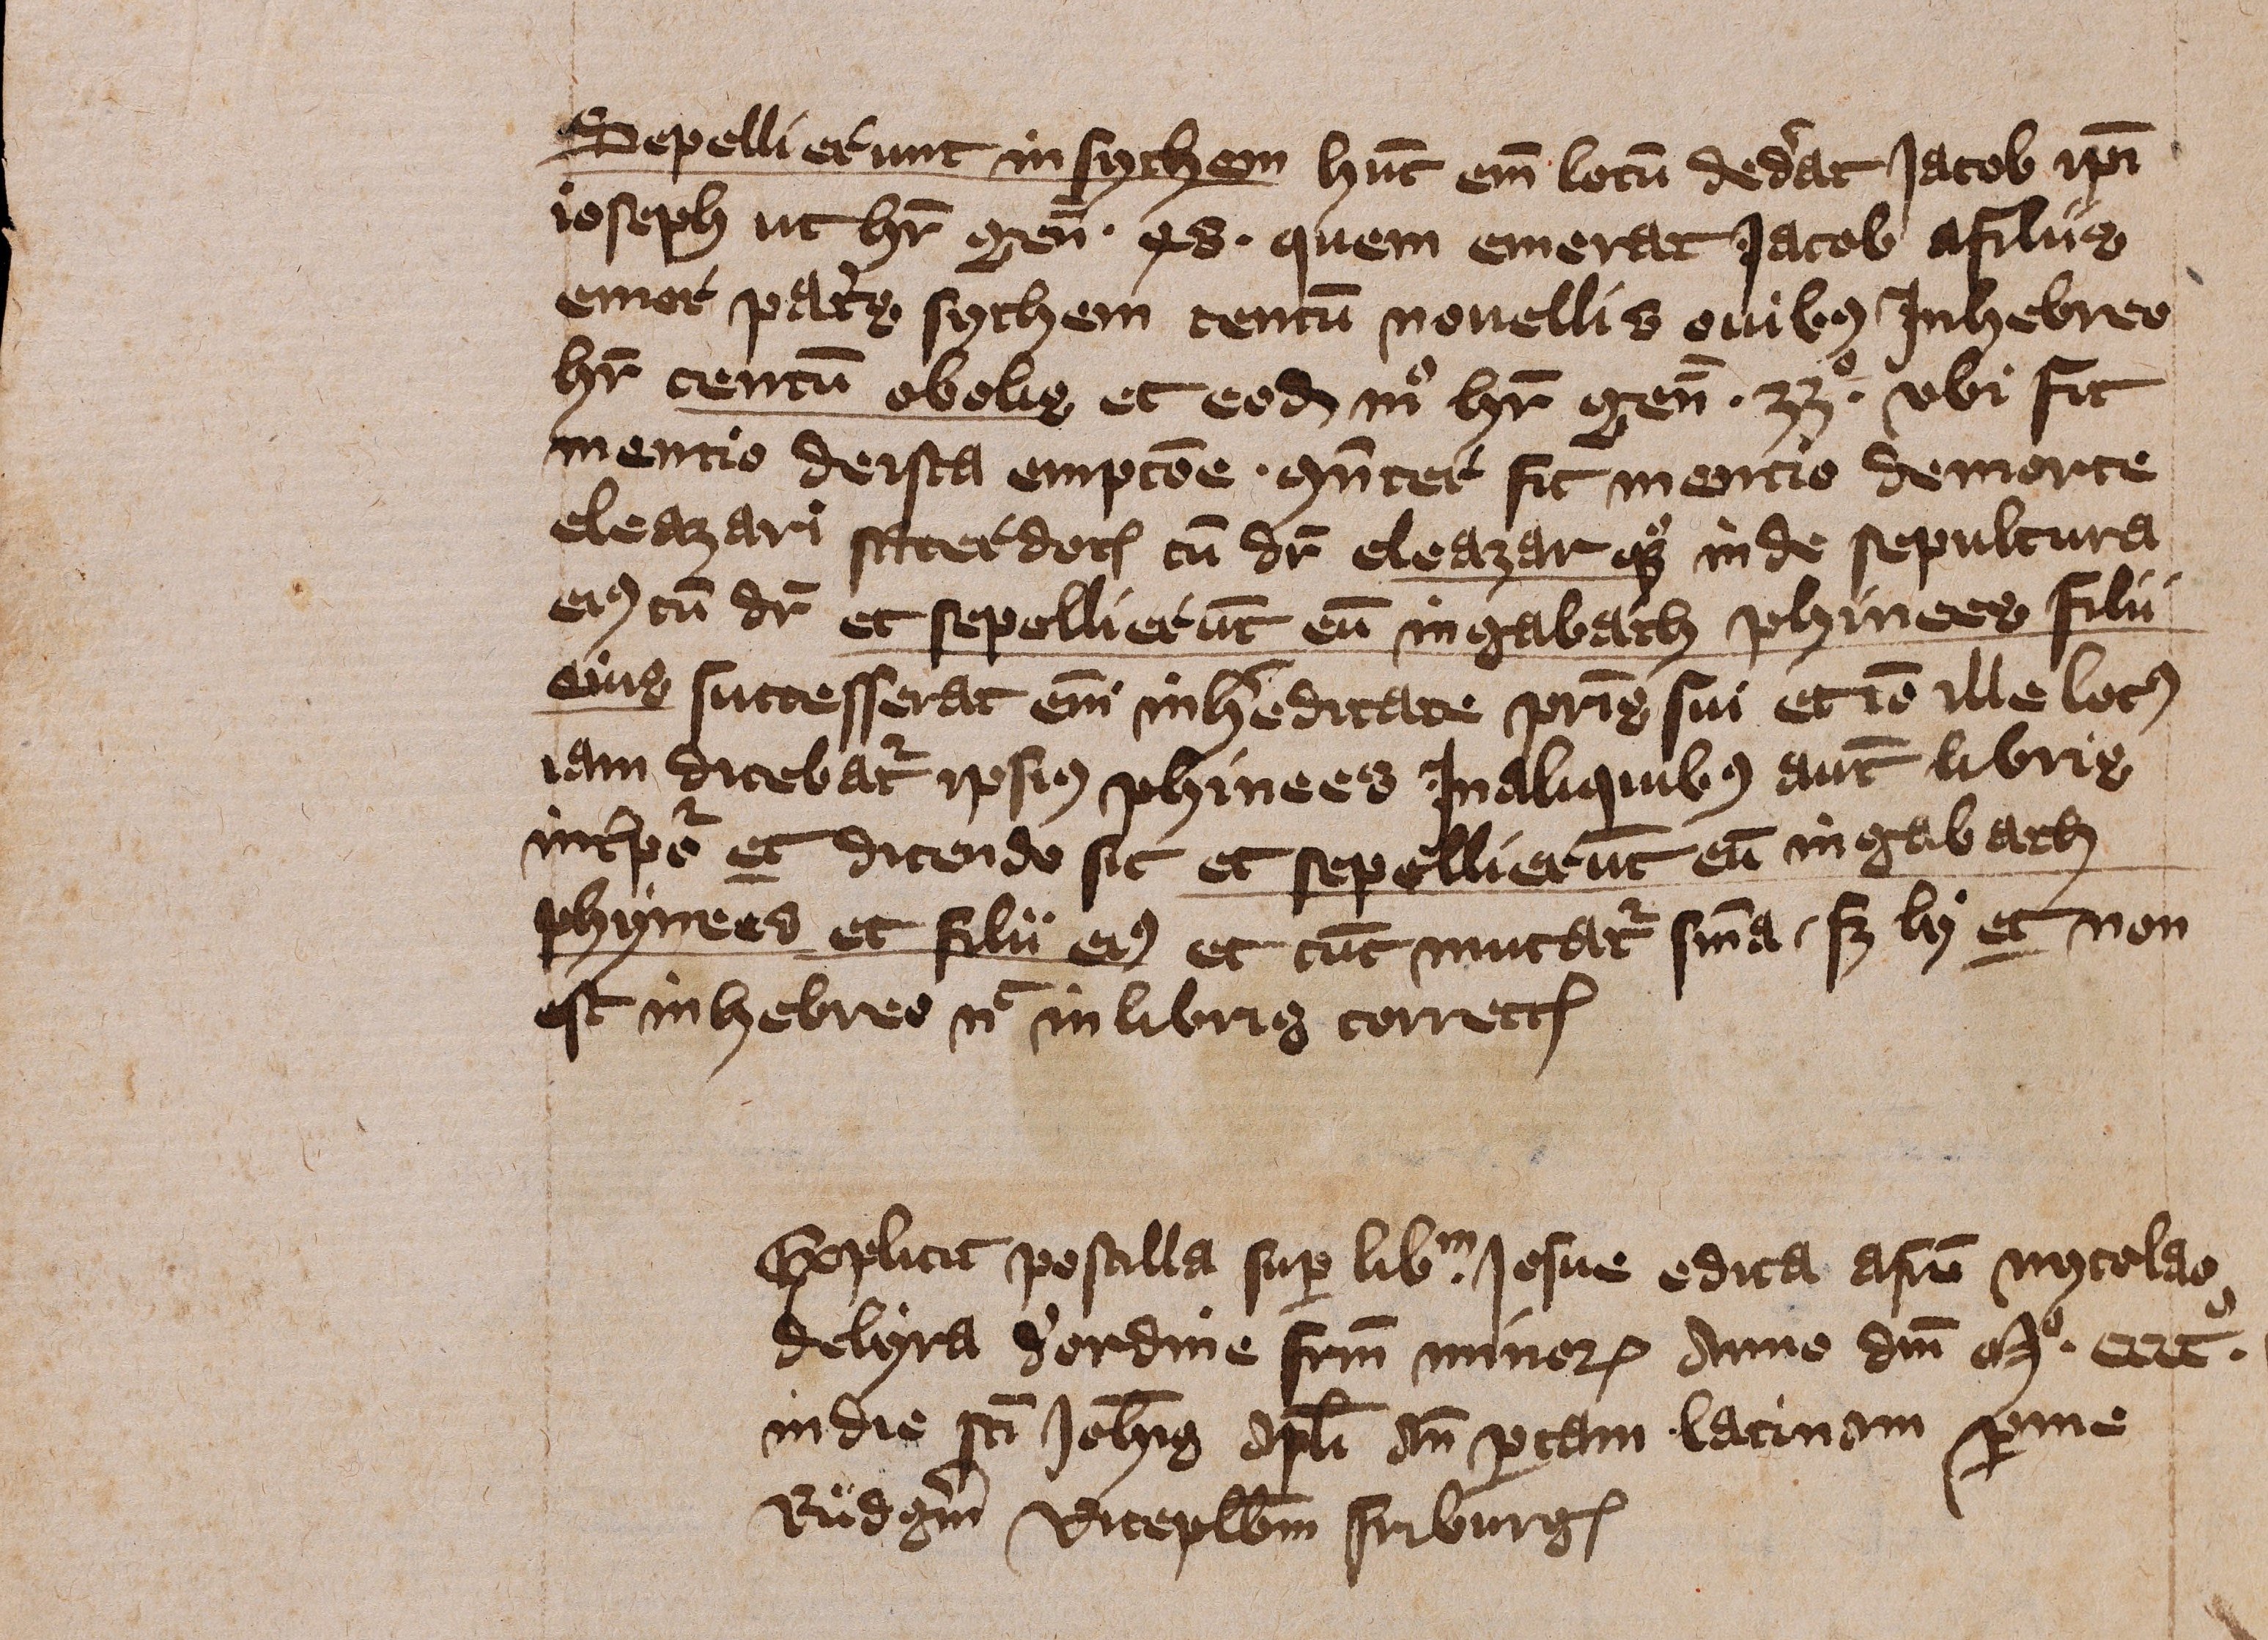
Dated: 1401–1401